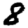
Digit: 8